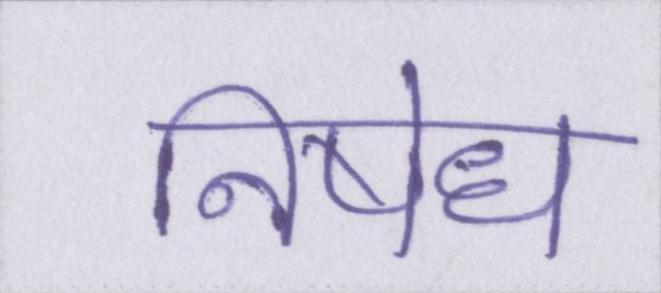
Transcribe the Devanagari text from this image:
निषेध